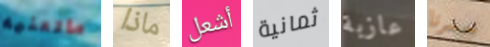
ماتعنيه ماذا أشعل ثمانية عازبة خسرنا